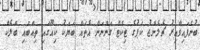
ބުނެފައިވާއިރު ޗެލެންޖު ކަޕުގެ ޓިކެޓް ގަންނަން އެތައް ބަޔަކު ކިއޫގައި ތިއްބައި ބްލެކް